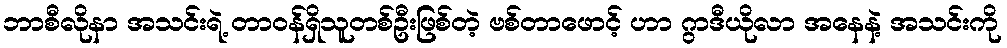
ဘာစီလိုနာ အသင်းရဲ့ တာဝန်ရှိသူတစ်ဦးဖြစ်တဲ့ ဗစ်တာဖောင့် ဟာ ဂွာဒီယိုလာ အနေနဲ့ အသင်းကို